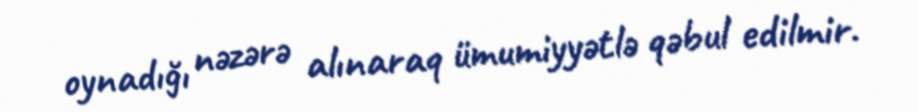
oynadığı nəzərə alınaraq ümumiyyətlə qəbul edilmir.